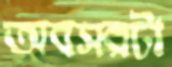
অবসরটা